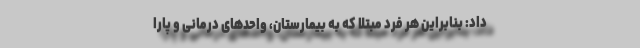
داد: بنابراین هر فرد مبتلا که به بیمارستان، واحدهای درمانی و پارا